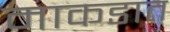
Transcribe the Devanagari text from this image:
माकडात